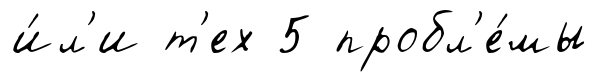
и́л'и т'ех 5 пробл'е́мы